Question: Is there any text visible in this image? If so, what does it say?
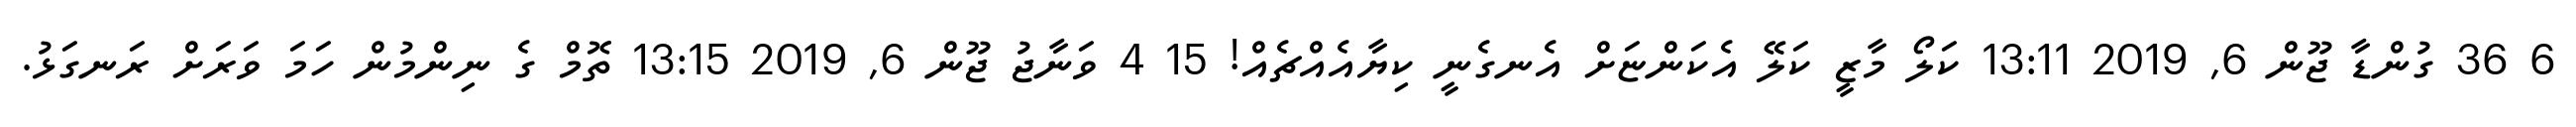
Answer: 6 36 ގުންޑާ ޖޫން 6, 2019 13:11 ކަލޯ މާޒީ ކަލޭ އެކަންޏަށް އެނގެނީ ކިޔާއެއްޗެއް! 15 4 ވަނާޖު ޖޫން 6, 2019 13:15 ތޮމް ގެ ނިންމުން ހަމަ ވަރަށް ރަނގަޅު.